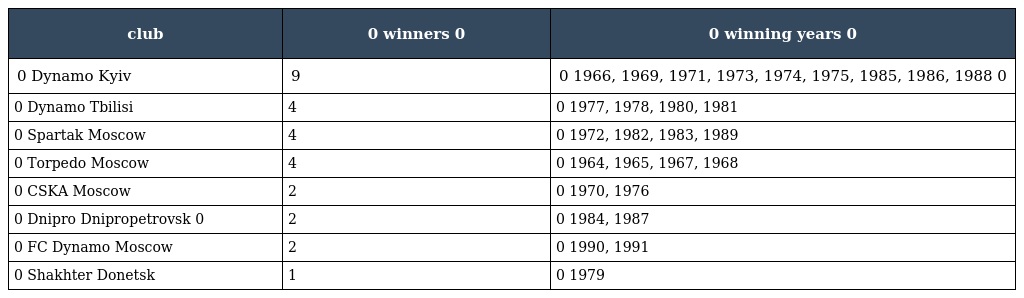
| club | 0 winners 0 | 0 winning years 0 |
 | --- | --- | --- |
 | 0 Dynamo Kyiv | 9 | 0 1966, 1969, 1971, 1973, 1974, 1975, 1985, 1986, 1988 0 |
 | 0 Dynamo Tbilisi | 4 | 0 1977, 1978, 1980, 1981 |
 | 0 Spartak Moscow | 4 | 0 1972, 1982, 1983, 1989 |
 | 0 Torpedo Moscow | 4 | 0 1964, 1965, 1967, 1968 |
 | 0 CSKA Moscow | 2 | 0 1970, 1976 |
 | 0 Dnipro Dnipropetrovsk 0 | 2 | 0 1984, 1987 |
 | 0 FC Dynamo Moscow | 2 | 0 1990, 1991 |
 | 0 Shakhter Donetsk | 1 | 0 1979 |